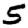
Digit: 5